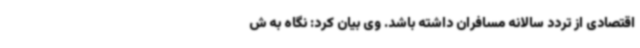
اقتصادی از تردد سالانه مسافران داشته باشد. وی بیان کرد: نگاه به ش